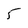
Character: 5